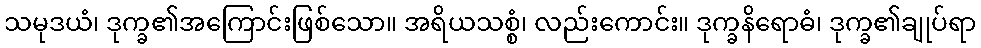
သမုဒယံ၊ ဒုက္ခ၏အကြောင်းဖြစ်သော။ အရိယသစ္စံ၊ လည်းကောင်း။ ဒုက္ခနိရောဓံ၊ ဒုက္ခ၏ချုပ်ရာ